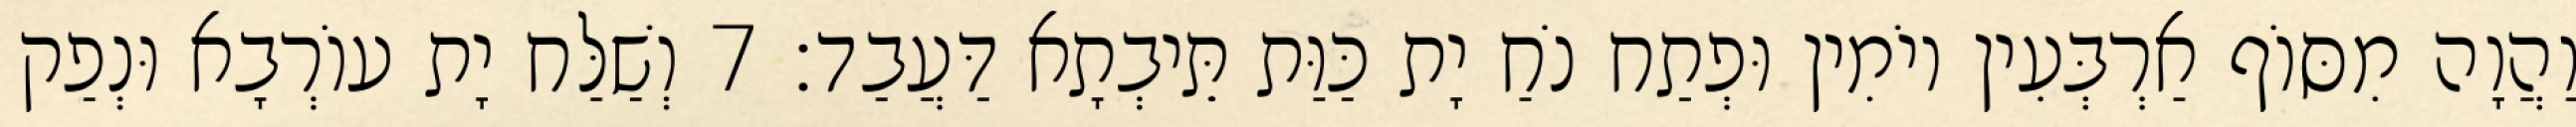
וַהֲוָה מִסּוֹף אַרְבְּעִין יוֹמִין וּפְתַח נֹחַ יָת כַּוַּת תֵּיבְתָא דַּעֲבַד׃ 7 וְשַׁלַּח יָת עוֹרְבָא וּנְפַק